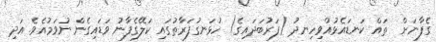
ގެފާނަށް  ތައް ކަނޑައެޅުއްވިހިނދު (ފަރުބަދައިގެ) ހުޅަނގުފަރާތުގައި ކަލޭގެފާނު ވަޑައިގެން ނުވަމުއެވެ. އަދި